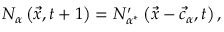
N _ { \alpha } \left( \vec { x } , t + 1 \right) = N _ { \alpha ^ { * } } ^ { \prime } \left( \vec { x } - \vec { c } _ { \alpha } , t \right) ,